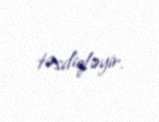
təsdiqləyir.